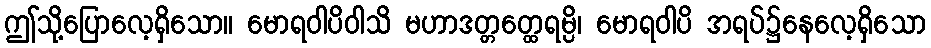
ဤသို့ပြောလေ့ရှိသော။ မောရဝါပိဝါသိ မဟာဒတ္တတ္ထေရမ္ပိ၊ မောရဝါပိ အရပ်၌နေလေ့ရှိသော